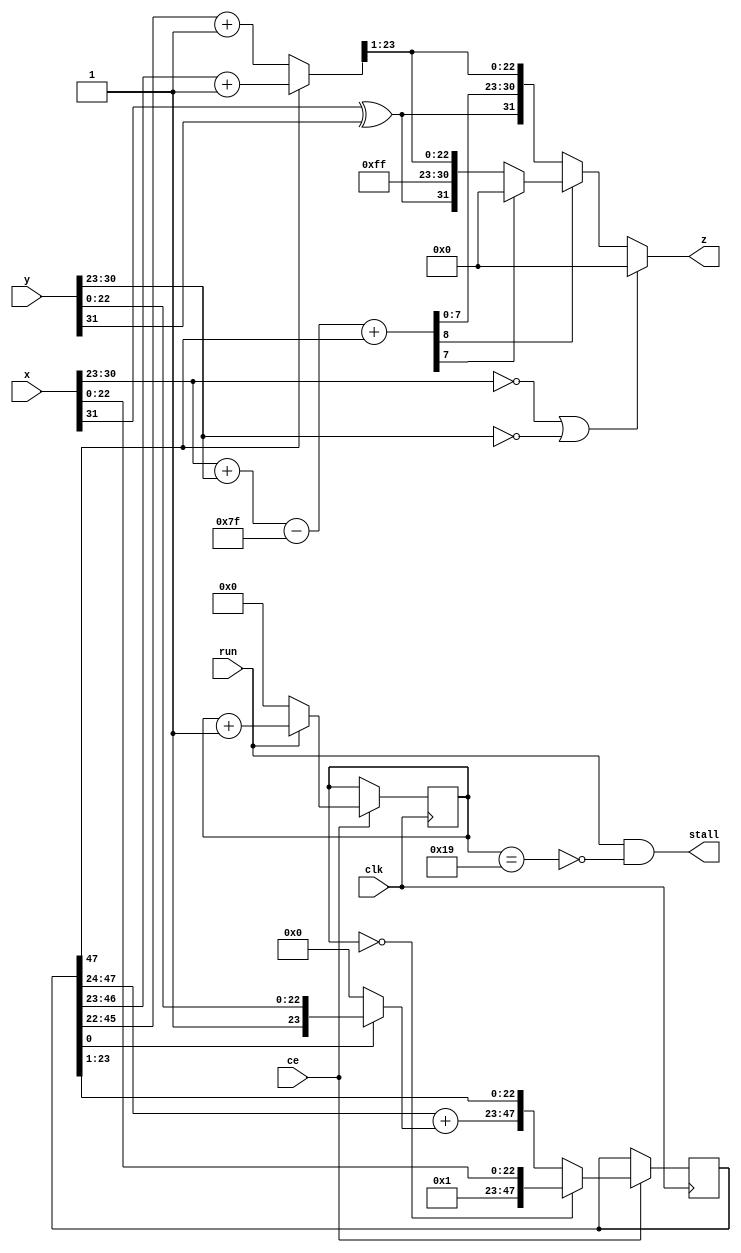
module FPMultiplier(
  input clk, ce, run,
  input [31:0] x, y,
  output stall,
  output [31:0] z);

reg [4:0] S;  // state
reg [47:0] P; // product

wire sign;
wire [7:0] xe, ye;
wire [8:0] e0, e1;
wire [24:0] w1, z0;
wire [23:0] w0;

assign sign = x[31] ^ y[31];
assign xe = x[30:23];
assign ye = y[30:23];
assign e0 = xe + ye;
assign e1 = e0 - 127 + P[47];

assign stall = run & ~(S == 25);
assign w0 = P[0] ? {1'b1, y[22:0]} : 0;
assign w1 = {1'b0, P[47:24]} + {1'b0, w0};
assign z0 = P[47] ? P[47:23]+1 : P[46:22]+1; // round and normalize
assign z = (xe == 0) | (ye == 0) ? 0 :
   (~e1[8]) ? {sign, e1[7:0], z0[23:1]} :
   (~e1[7]) ? {sign, 8'b11111111, z0[23:1]} : 0;
always @ (posedge(clk)) if(ce) begin
    P <= (S == 0) ? {24'b0, 1'b1, x[22:0]} : {w1, P[23:1]};
    S <= run ? S+1 : 0;
end
endmodule